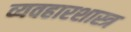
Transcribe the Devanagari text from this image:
व्यवहारशास्त्र